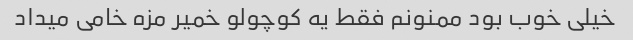
خیلی خوب بود ممنونم فقط یه کوچولو خمیر مزه خامی میداد